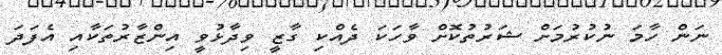
ނަން ހާމަ ނުކުރުމަށް ޝަރުތުކޮށް ވާހަކަ ދެއްކި ގާޒީ ވިދާޅުވީ އިންޒާރުތަކާއި އެފަދަ